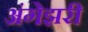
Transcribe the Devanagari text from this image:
अंगेझरी